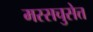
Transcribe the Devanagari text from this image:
मस्सचुसेत्त